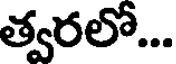
త్వరలో...